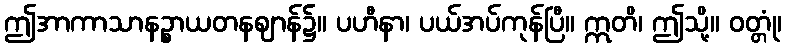
ဤအာကာသာနဉ္စာယတနဈာန်၌။ ပဟီနာ၊ ပယ်အပ်ကုန်ပြီ။ ဣတိ၊ ဤသို့။ ဝတ္တုံ၊